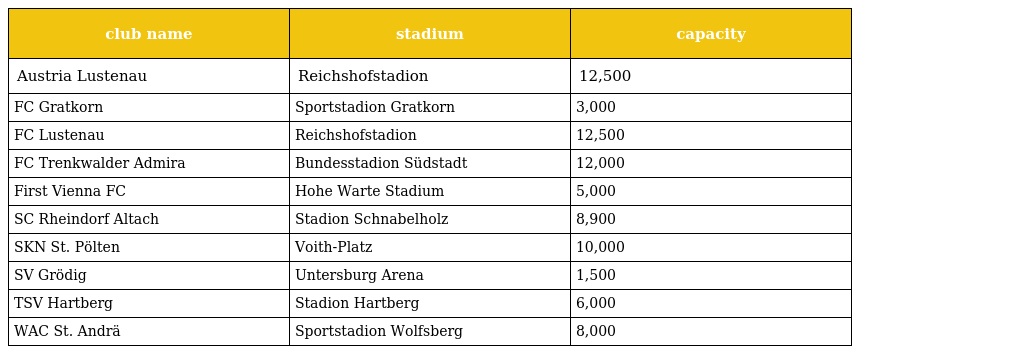
| club name | stadium | capacity |
 | --- | --- | --- |
 | Austria Lustenau | Reichshofstadion | 12,500 |
 | FC Gratkorn | Sportstadion Gratkorn | 3,000 |
 | FC Lustenau | Reichshofstadion | 12,500 |
 | FC Trenkwalder Admira | Bundesstadion Südstadt | 12,000 |
 | First Vienna FC | Hohe Warte Stadium | 5,000 |
 | SC Rheindorf Altach | Stadion Schnabelholz | 8,900 |
 | SKN St. Pölten | Voith-Platz | 10,000 |
 | SV Grödig | Untersburg Arena | 1,500 |
 | TSV Hartberg | Stadion Hartberg | 6,000 |
 | WAC St. Andrä | Sportstadion Wolfsberg | 8,000 |